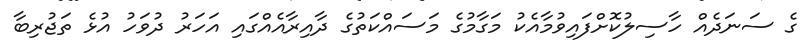
ގެ ސަނަދެއް ހާސިލުކޮށްފައިވުމާއެކު މަގާމުގެ މަސައްކަތުގެ ދާއިރާއެއްގައި އަހަރު ދުވަހު އުޅެ ތަޖުރިބާ